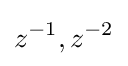
z^{-1},z^{-2}